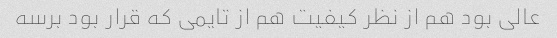
عالی بود هم از نظر کیفیت هم از تایمی که قرار بود برسه